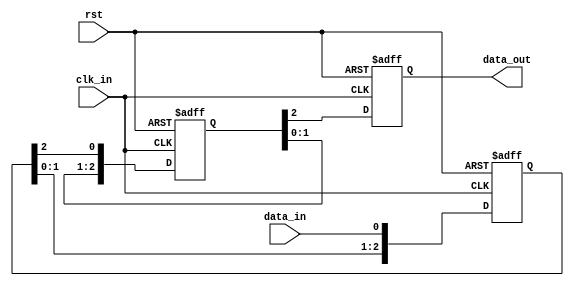
module three_flop_synchronizer (
    input wire clk_in, // incoming clock signal
    input wire rst, // reset signal
    input wire data_in, // incoming data signal
    output reg data_out // synchronized data signal
);

reg [2:0] ff_data; // data signal to be passed through flip-flops

// first flip-flop
always @(posedge clk_in or posedge rst) begin
    if (rst) begin
        ff_data <= 3'b0;
    end else begin
        ff_data <= {ff_data[1:0], data_in};
    end
end

// second flip-flop
reg [2:0] ff_delayed_data;
always @(posedge clk_in or posedge rst) begin
    if (rst) begin
        ff_delayed_data <= 3'b0;
    end else begin
        ff_delayed_data <= {ff_delayed_data[1:0], ff_data[2]};
    end
end

// third flip-flop
always @(posedge clk_in or posedge rst) begin
    if (rst) begin
        data_out <= 1'b0;
    end else begin
        data_out <= ff_delayed_data[2];
    end
end

endmodule